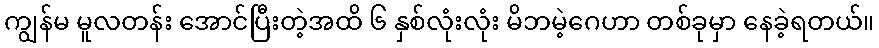
ကျွန်မ မူလတန်း အောင်ပြီးတဲ့အထိ ၆ နှစ်လုံးလုံး မိဘမဲ့ဂေဟာ တစ်ခုမှာ နေခဲ့ရတယ်။